Scientific memoirs by medical officers of the Army of India - Part III,
Year: 1887
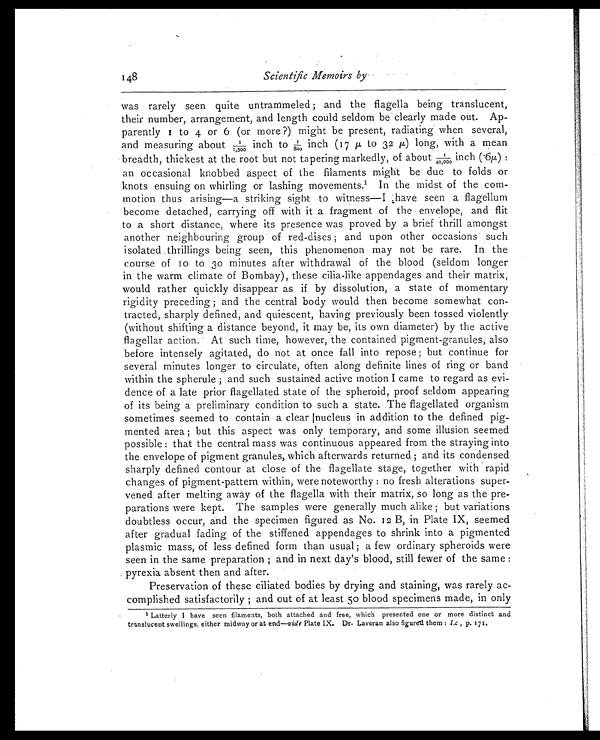
148
Scientific Memoirs by
was rarely seen quite untrammeled ; and the flagella being translucent,
their number, arrangement, and length could seldom be clearly made out. Ap
- p a r e n t l y 1 t o 4 o r 6 ( o r mo r e ? ) mi g h t b e p r e s e n t , r a d i a t i n g wh e n s e v e r a l ,
and measuring about 1/1,500 to 1/800inch( 1 7 µ
t o 3 2 µ ) l o n g , w i t h a m e a n
breadth, thickest at the root but not tapering markedly, of about 1/40,000 i n c h ( 6 µ ) :
an occasional knobbed aspect of the filaments might be due to folds or
knots ensuing on whirling or lashing movements. 1 In the midst of the com
-motion thus arising—a striking sight to witness—I have seen a flagellum
become detached, carrying off with it a fragment of the envelope, and flit
to a short distance, where its presence was proved by a brief thrill amongst
another neighbouring group of red-discs ; and upon other occasions such
isolated thrillings being seen, this phenomenon may not be rare. In the
course of 10 to 30 minutes after withdrawal of the blood (seldom longer
in the warm climate of Bombay), these cilia-like appendages and their matrix,
would rather quickly disappear as if by dissolution, a state of momentary
rigidity preceding ; and the central body would then become somewhat con
-tracted, sharply defined, and quiescent, having previously been tossed violently
(without shifting a distance beyond, it may be, its own diameter) by the active
flagellar action. At such time, however, the contained pigment-granules, also
before intensely agitated, do not at once fall into repose ; but continue for
several minutes longer to circulate, often along definite lines of ring or band
within the spherule ; and such sustained active motion I came to regard as evi
-dence of a late prior flagellated state of the spheroid, proof seldom appearing
of its being a preliminary condition to such a state. The flagellated organism
sometimes seemed to contain a clear |nucleus in addition to the defined pig
-mented area ; but this aspect was only temporary, and some illusion seemed
possible : that the central mass was continuous appeared from the straying into
the envelope of pigment granules, which afterwards returned ; and its condensed
sharply defined contour at close of the flagellate stage, together with rapid
changes of pigment-pattern within, were noteworthy : no fresh alterations super
-vened after melting away of the flagella with their matrix, so long as the pre
-parations were kept. The samples were generally much alike ; but variations
doubtless occur, and the specimen figured as No. 12 B, in Plate IX, seemed
after gradual fading of the stiffened appendages to shrink into a pigmented
plasmic mass, of less defined form than usual ; a few ordinary spheroids were
seen in the same preparation ; and in next day's blood, still fewer of the same :
pyrexia absent then and after.
Preservation of these ciliated bodies by drying and staining, was rarely ac
- c o m p l i s h e d s a t i s f a c t o r i l y ; a n d o u t o f a t l e a s t 5 0 b l o o d s p e c i m e n s m a d e , i n o n l y
1 Latterly I have seen filaments, both attached and free, which presented one or more distinct and
translucent swellings, either midway or at end—vide Plate IX. Dr. Laveran also figured them : l.c , p. 171.